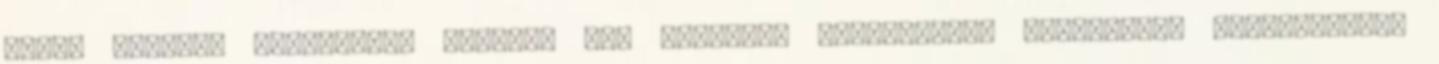
céget alapító külföldiek például egy teljesen közérthető, többnyelvű tájékoztatót